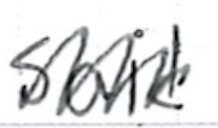
Text: said
Cross-out: zig-zag
Writing tool: ballpoint